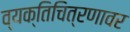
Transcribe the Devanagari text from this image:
व्यक्तिचित्रणावर